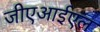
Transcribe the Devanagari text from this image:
जीएआईएल